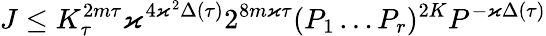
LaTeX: J\leq K_{\tau}^{2m\tau}\varkappa^{4\varkappa^{2}\Delta(\tau)}2^{8m\varkappa\tau}(P_{1}\dots P_{r})^{2K}P^{-\varkappa\Delta(\tau)}